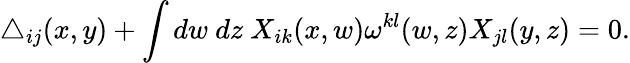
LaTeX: \triangle_{ij}(x,y)+\int dw~dz~X_{ik}(x,w)\omega^{kl}(w,z)X_{jl}(y,z)=0.